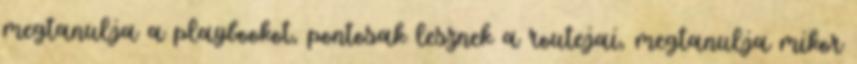
megtanulja a playbookot, pontosak lesznek a routejai, megtanulja mikor